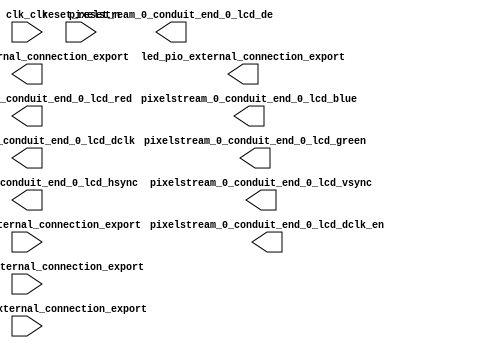

module clarvi_soc (
	clk_clk,
	pixelstream_0_conduit_end_0_lcd_red,
	pixelstream_0_conduit_end_0_lcd_green,
	pixelstream_0_conduit_end_0_lcd_blue,
	pixelstream_0_conduit_end_0_lcd_hsync,
	pixelstream_0_conduit_end_0_lcd_vsync,
	pixelstream_0_conduit_end_0_lcd_de,
	pixelstream_0_conduit_end_0_lcd_dclk,
	pixelstream_0_conduit_end_0_lcd_dclk_en,
	reset_reset_n,
	buttons_pio_external_connection_export,
	rightdial_pio_external_connection_export,
	leftdial_pio_external_connection_export,
	hex_pio_external_connection_export,
	led_pio_external_connection_export);	

	input		clk_clk;
	output	[7:0]	pixelstream_0_conduit_end_0_lcd_red;
	output	[7:0]	pixelstream_0_conduit_end_0_lcd_green;
	output	[7:0]	pixelstream_0_conduit_end_0_lcd_blue;
	output		pixelstream_0_conduit_end_0_lcd_hsync;
	output		pixelstream_0_conduit_end_0_lcd_vsync;
	output		pixelstream_0_conduit_end_0_lcd_de;
	output		pixelstream_0_conduit_end_0_lcd_dclk;
	output		pixelstream_0_conduit_end_0_lcd_dclk_en;
	input		reset_reset_n;
	input	[15:0]	buttons_pio_external_connection_export;
	input	[7:0]	rightdial_pio_external_connection_export;
	input	[7:0]	leftdial_pio_external_connection_export;
	output	[23:0]	hex_pio_external_connection_export;
	output	[9:0]	led_pio_external_connection_export;
endmodule